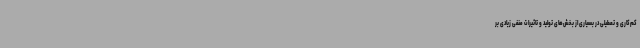
کم‌کاری و تعطیلی در بسیاری از بخش‌های تولید و تاثیرات منفی زیادی بر